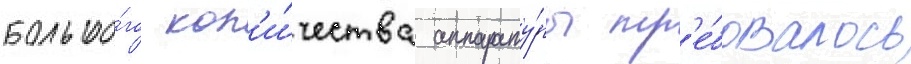
большо́го кол'и́чества аппарату́ры тр'е́бовалось